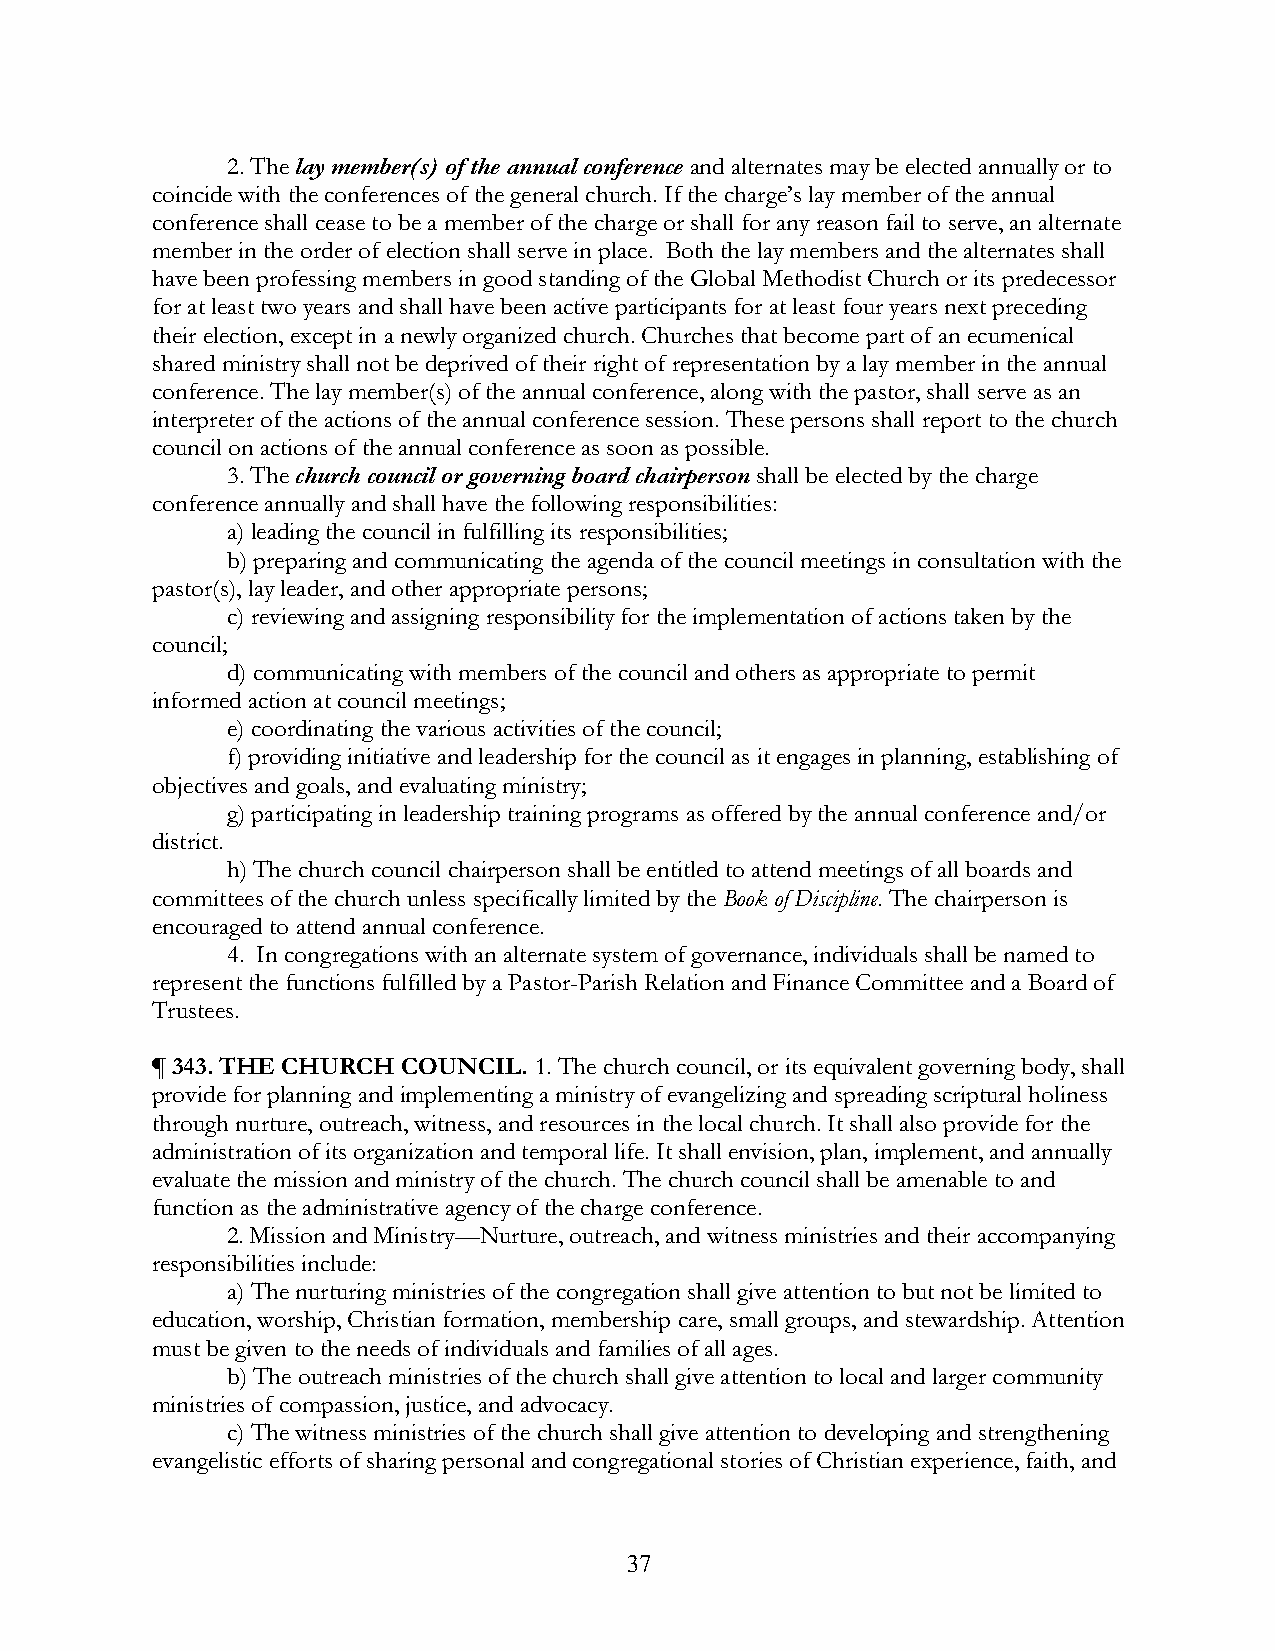
2. The lay member(s) of the annual conference and alternates may be elected annually or to
 coincide with the conferences of the general church. If the charge’s lay member of the annual
 conference shall cease to be a member of the charge or shall for any reason fail to serve, an alternate
 member in the order of election shall serve in place. Both the lay members and the alternates shall
 have been professing members in good standing of the Global Methodist Church or its predecessor
 for at least two years and shall have been active participants for at least four years next preceding
 their election, except in a newly organized church. Churches that become part of an ecumenical
 shared ministry shall not be deprived of their right of representation by a lay member in the annual
 conference. The lay member(s) of the annual conference, along with the pastor, shall serve as an
 interpreter of the actions of the annual conference session. These persons shall report to the church
 council on actions of the annual conference as soon as possible.
 3. The church council or governing board chairperson shall be elected by the charge
 conference annually and shall have the following responsibilities:
 a) leading the council in fulfilling its responsibilities;
 b) preparing and communicating the agenda of the council meetings in consultation with the
 pastor(s), lay leader, and other appropriate persons;
 c) reviewing and assigning responsibility for the implementation of actions taken by the
 council;
 d) communicating with members of the council and others as appropriate to permit
 informed action at council meetings;
 e) coordinating the various activities of the council;
 f) providing initiative and leadership for the council as it engages in planning, establishing of
 objectives and goals, and evaluating ministry;
 g) participating in leadership training programs as offered by the annual conference and/or
 district.
 h) The church council chairperson shall be entitled to attend meetings of all boards and
 committees of the church unless specifically limited by the Book of Discipline. The chairperson is
 encouraged to attend annual conference.
 4. In congregations with an alternate system of governance, individuals shall be named to
 represent the functions fulfilled by a Pastor-Parish Relation and Finance Committee and a Board of
 Trustees.
 ¶ 343. THE CHURCH COUNCIL. 1. The church council, or its equivalent governing body, shall
 provide for planning and implementing a ministry of evangelizing and spreading scriptural holiness
 through nurture, outreach, witness, and resources in the local church. It shall also provide for the
 administration of its organization and temporal life. It shall envision, plan, implement, and annually
 evaluate the mission and ministry of the church. The church council shall be amenable to and
 function as the administrative agency of the charge conference.
 2. Mission and Ministry—Nurture, outreach, and witness ministries and their accompanying
 responsibilities include:
 a) The nurturing ministries of the congregation shall give attention to but not be limited to
 education, worship, Christian formation, membership care, small groups, and stewardship. Attention
 must be given to the needs of individuals and families of all ages.
 b) The outreach ministries of the church shall give attention to local and larger community
 ministries of compassion, justice, and advocacy.
 c) The witness ministries of the church shall give attention to developing and strengthening
 evangelistic efforts of sharing personal and congregational stories of Christian experience, faith, and
 37